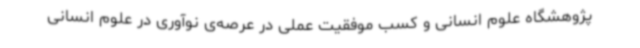
پژوهشگاه علوم انسانی و کسب موفقیت عملی در عرصه‌ی نوآوری در علوم انسانی